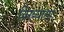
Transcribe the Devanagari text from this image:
विख्याताः